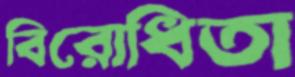
বিরোধিতা